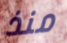
منذ